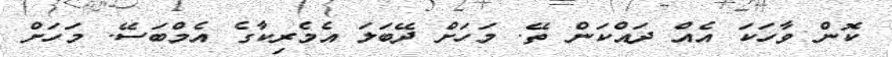
ކޮން ވާހަކަ އެއް ދައްކަން ތޭ. މަހަށް ދޭބަލަ އެމެރިކާގެ އެމްބަސޭ. މަހަށް